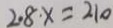
2 \cdot 8 \cdot x = 2 1 0